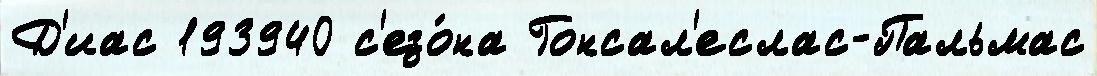
Д'иас 193940 с'езо́на Гонсал'еслас-Пальмас